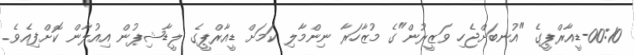
00:10-ޑީއާރްޕީގެ "އުނބަށްޖެހި ވަޒީރުން"ގެ މުޒާހަރާ ނިންމާލި ކަމަށް ޑީއާރްޕީގެ ލީޑާޝިޕުން އިއުލާން ކޮށްފިއެވެ.